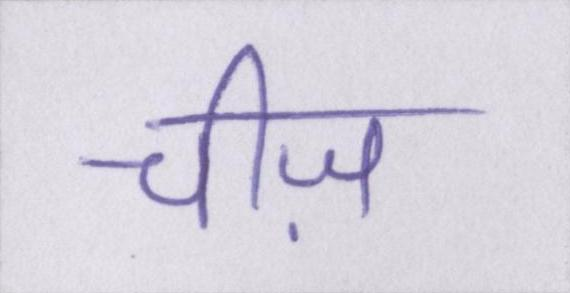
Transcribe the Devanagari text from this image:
चीज़